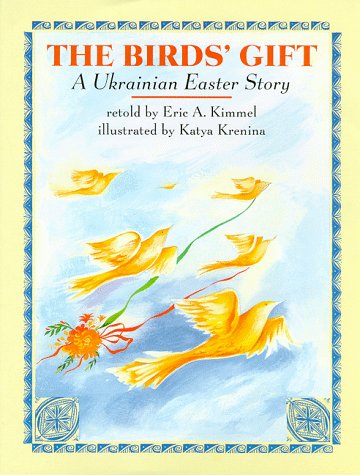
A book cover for The Birds' Gift: A Ukrainian Easter Story; Eric A. Kimmel; Children's Books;